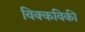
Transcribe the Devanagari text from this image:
विक्कविकी